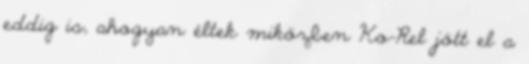
eddig is, ahogyan éltek miközben Ko-Rel jött el a